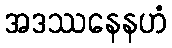
အဒဿနေနဟံ